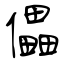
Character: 儡